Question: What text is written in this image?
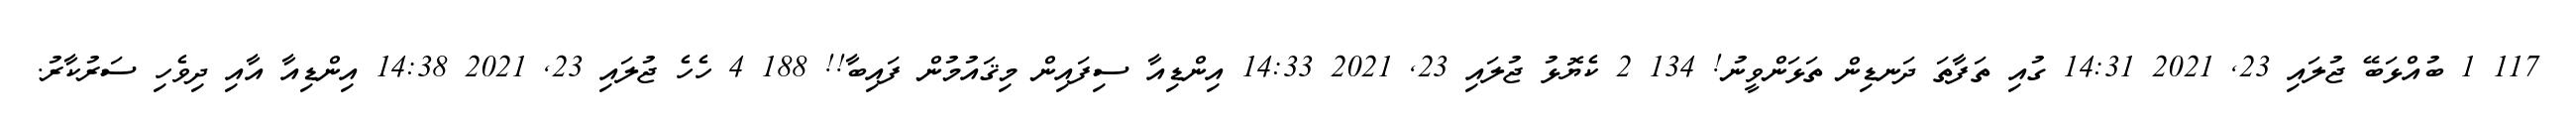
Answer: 117 1 ބުއްޅަބޭ ޖުލައި 23, 2021 14:31 ގުއި ތަފާތަ ދަނޑިން ތަޅަންވީނު! 134 2 ކެޔޮޅު ޖުލައި 23, 2021 14:33 އިންޑިއާ ސިފައިން މިޤައުމުން ފައިބާ!! 188 4 ހެހެ ޖުލައި 23, 2021 14:38 އިންޑިއާ އާއި ދިވެހި ސަރުކާރު.